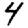
Digit: 4